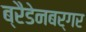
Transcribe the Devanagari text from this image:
ब्रैडेनबर्गर